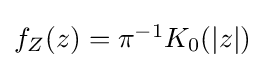
{\textstyle f_{Z}(z)=\pi ^{-1}K_{0}(|z|)}